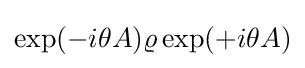
\exp(-i\theta A)\varrho \exp(+i\theta A)